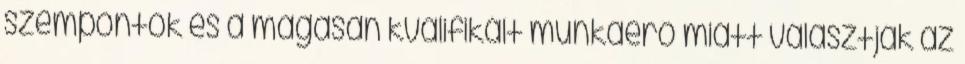
szempontok és a magasan kvalifikált munkaerő miatt választják az